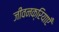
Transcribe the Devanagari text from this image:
जीवनक्रियाएँ